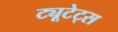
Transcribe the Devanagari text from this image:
ट्यूटेट्स